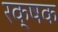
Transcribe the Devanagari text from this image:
रक्षक